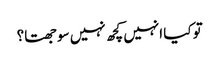
تو کیا انہیں کچھ نہیں سوجھتا؟